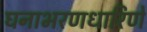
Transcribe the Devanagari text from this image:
घनाभरणधारिणे